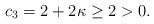
LaTeX: \begin{align*}c_3=2+2\kappa\geq2>0.\end{align*}